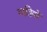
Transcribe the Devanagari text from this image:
गातियों